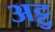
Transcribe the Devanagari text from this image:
अट्टु